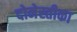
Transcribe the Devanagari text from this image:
दोमेस्तीका